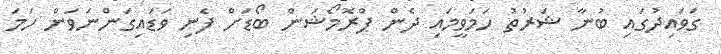
ގަވައިދުގައި ބުނާ ޝަރުތު ހަމަވީމައި ދެން ޕްރޮމޯޝަން ބޯޑަށް ފެނި ވަޑައިގަންނަވަން ހަމަ